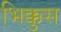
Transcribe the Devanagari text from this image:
भिक्कुस